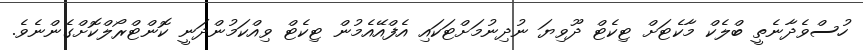
ހުސްވެދާނެތީ ބްލެކް މާކެޓަށް ޓިކެޓް ދޫވިޔަ ނުދިނުމަށްޓަކައި އެފްއޭއެމުން ޓިކެޓް ވިއްކަމުންދަނީ ކޮންޓްރޯލްކޮށްގެންނެވެ.